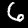
Digit: 6